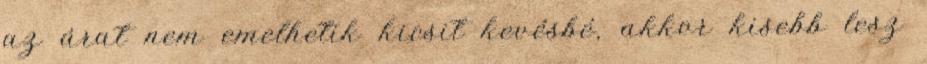
az árat nem emelhetik kicsit kevésbé, akkor kisebb lesz